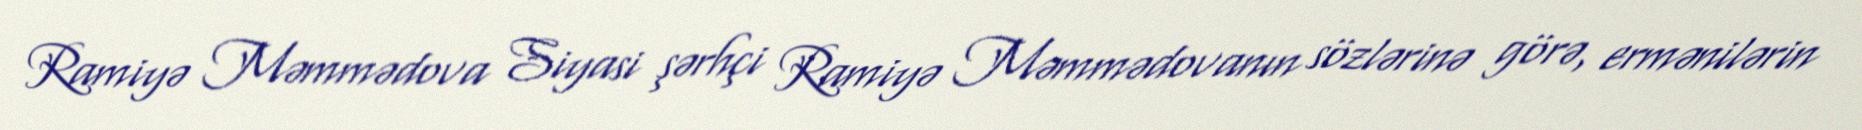
Ramiyə Məmmədova Siyasi şərhçi Ramiyə Məmmədovanın sözlərinə görə, ermənilərin